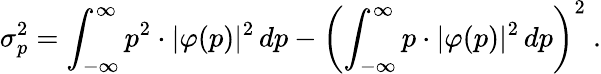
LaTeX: \sigma_{p}^{2}=\int_{-\infty}^{\infty}p^{2}\cdot|\varphi(p)|^{2}\, dp-\left(\int_{-\infty}^{\infty}p\cdot|\varphi(p)|^{2}\, dp\right)^{2}~.